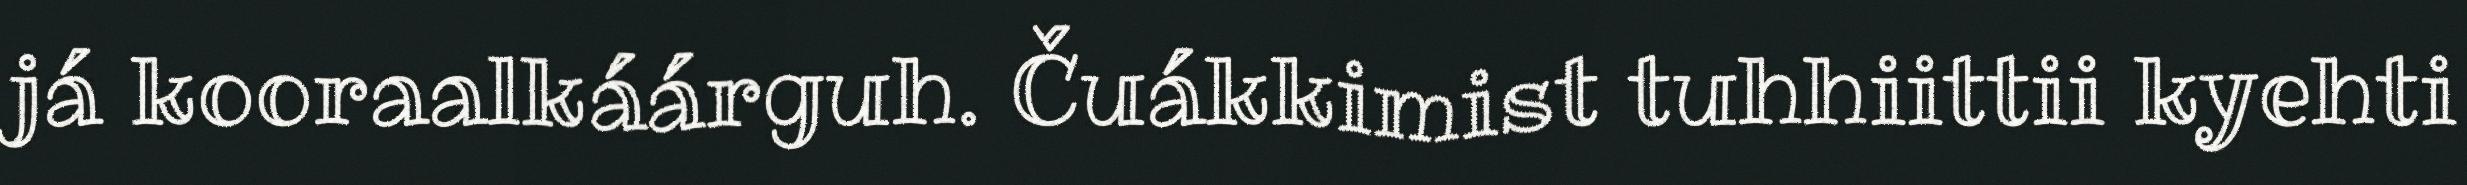
já kooraalkáárguh. Čuákkimist tuhhiittii kyehti